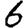
Digit: 6